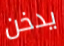
يدخن